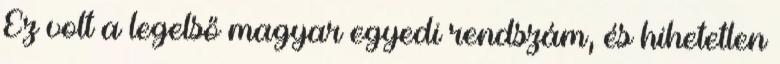
Ez volt a legelső magyar egyedi rendszám, és hihetetlen